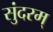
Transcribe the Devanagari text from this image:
सुंदरम्‌